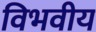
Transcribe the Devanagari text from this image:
विभवीय